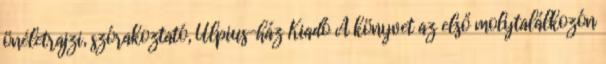
önéletrajzi, szórakoztató, Ulpius-ház Kiadó A könyvet az első molytalálkozón